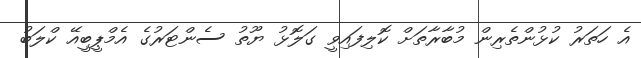
އެ ހަތަރު ކުޅުންތެރިން މުބާރާތަށް ކޮލިފައިވީ ގަލޮޅު ޔޫތު ސެންޓަރުގެ އެމްޕީބީއޭ ކްލަބު